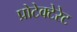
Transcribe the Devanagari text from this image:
प्रोटेक्टेरेट